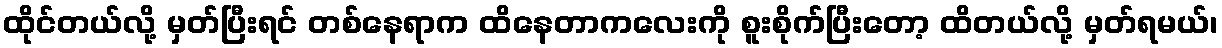
ထိုင်တယ်လို့ မှတ်ပြီးရင် တစ်နေရာက ထိနေတာကလေးကို စူးစိုက်ပြီးတော့ ထိတယ်လို့ မှတ်ရမယ်၊